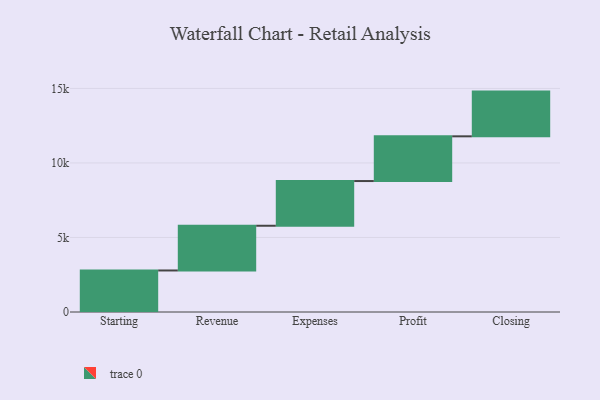
{"axis": {"x": "Step", "y": "Value"}, "legend": [""], "data": [{"x": "Starting", "y": 2786.0, "type": ""}, {"x": "Revenue", "y": 3000, "type": ""}, {"x": "Expenses", "y": 3000, "type": ""}, {"x": "Profit", "y": 3000, "type": ""}, {"x": "Closing", "y": 3000, "type": ""}]}